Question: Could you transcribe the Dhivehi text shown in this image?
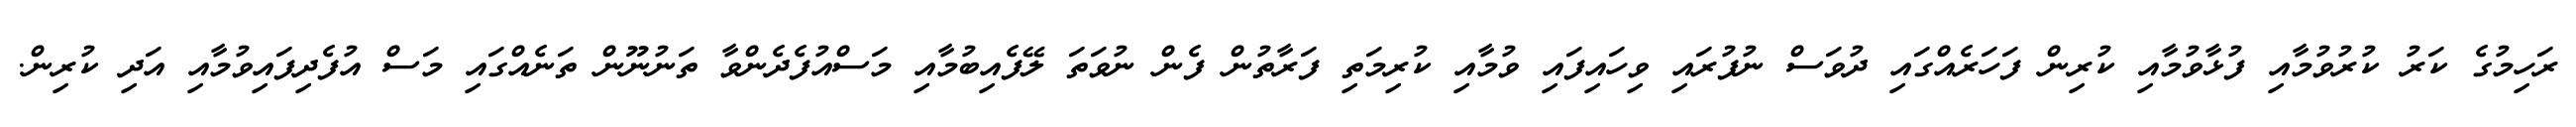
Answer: ރަހިމުގެ ކަރު ކުރުވުމާއި ފުޅާވުމާއި ކުރިން ފަހަރެއްގައި ދުވަސް ނުފުރައި ވިހައިފައި ވުމާއި ކުރިމަތި ފަރާތުން ފެން ނުވަތަ ލޭފެއިބުމާއި މަސްއުފެދެންވާ ތަނުނޫން ތަނެއްގައި މަސް އުފެދިފައިވުމާއި އަދި ކުރިން.